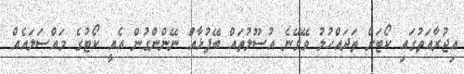
އިޖުރާއަތުގައި ކޯޓަށް ތަދައްހުލު ވޭވޭނެ އުސޫލުތައް ބޭފުޅާއަް ނޭންންގުން އެއީ ކޯޓުގެ މައްސަލައެއް